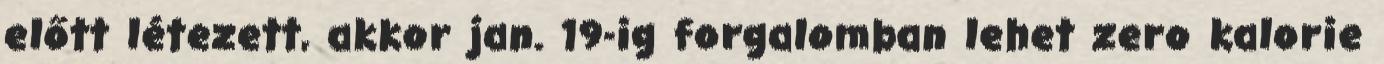
előtt létezett, akkor jan. 19-ig forgalomban lehet zero kalorie